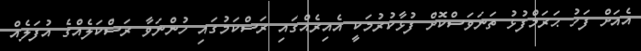
އެއަށް ފަހު ޙަރަމްފުޅު ތަނަވަސްކޮށް ފުޅާކުރުމަކީ އެއިރެއްގައި ރަސްކަމުގައި ހުންނަވާ ރަސްކަލެއްގެ އުފަލެއް